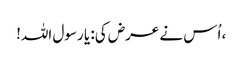
، اُس نے عرض کی: یا رسول اللہ!